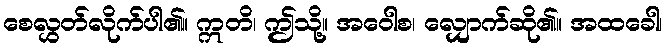
စေလွှတ်လိုက်ပါ၏။ ဣတိ၊ ဤသို့။ အဝေါစ၊ လျှောက်ဆို၏။ အထခေါ၊